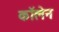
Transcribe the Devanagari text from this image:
कॉलेन